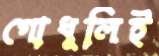
গোধূলিই